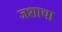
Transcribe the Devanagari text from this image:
जशाचा